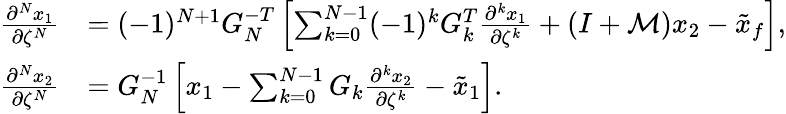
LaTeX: \begin{array}{rl}{\frac{\partial^{N}x_{1}}{\partial\zeta^{N}}}&{=(-1)^{N+1}G_{N}^{-T}\left[\sum_{k=0}^{N-1}(-1)^{k}G_{k}^{T}\frac{\partial^{k}x_{1}}{\partial\zeta^{k}}+\left(I+\mathcal{M}\right)x_{2}-\tilde{x}_{f}\right],}\\ {\frac{\partial^{N}x_{2}}{\partial\zeta^{N}}}&{=G_{N}^{-1}\left[x_{1}-\sum_{k=0}^{N-1}G_{k}\frac{\partial^{k}x_{2}}{\partial\zeta^{k}}-\tilde{x}_{1}\right].}\end{array}